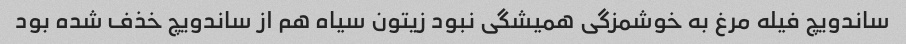
ساندویچ فیله مرغ به خوشمزگی همیشگی نبود زیتون سیاه هم از ساندویچ خذف شده بود